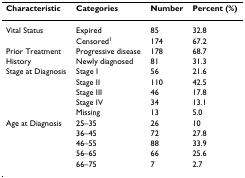
<table><thead><tr><td><b>Characteristic</b></td><td><b>Categories</b></td><td><b>Number</b></td><td><b>Percent (%)</b></td></tr></thead><tbody><tr><td>Vital Status</td><td>Expired</td><td>85</td><td>32.8</td></tr><tr><td></td><td>Censored<sup>1</sup></td><td>174</td><td>67.2</td></tr><tr><td>Prior Treatment</td><td>Progressive disease</td><td>178</td><td>68.7</td></tr><tr><td>History</td><td>Newly diagnosed</td><td>81</td><td>31.3</td></tr><tr><td>Stage at Diagnosis</td><td>Stage I</td><td>56</td><td>21.6</td></tr><tr><td></td><td>Stage II</td><td>110</td><td>42.5</td></tr><tr><td></td><td>Stage III</td><td>46</td><td>17.8</td></tr><tr><td></td><td>Stage IV</td><td>34</td><td>13.1</td></tr><tr><td></td><td>Missing</td><td>13</td><td>5.0</td></tr><tr><td>Age at Diagnosis</td><td>25–35</td><td>26</td><td>10</td></tr><tr><td></td><td>36–45</td><td>72</td><td>27.8</td></tr><tr><td></td><td>46–55</td><td>88</td><td>33.9</td></tr><tr><td></td><td>56–65</td><td>66</td><td>25.6</td></tr><tr><td></td><td>66–75</td><td>7</td><td>2.7</td></tr></tbody></table>